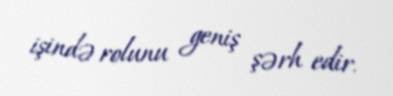
işində rolunu geniş şərh edir.